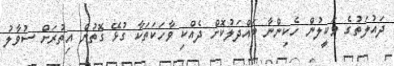
ދައުލަތުގެ ވަކީލުން ހެކިންނާ ބައްދަލުކޮށް ދެއްކި ވާހަކަތަކާ ގުޅޭ ގޮތުން އިތުރަށް ސުވާލު